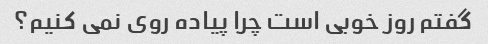
گفتم روز خوبی است چرا پیاده روی نمی کنیم؟